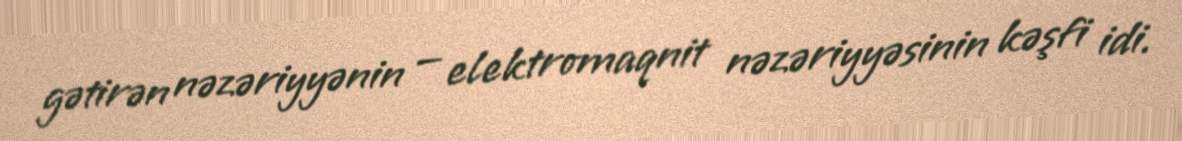
gətirən nəzəriyyənin — elektromaqnit nəzəriyyəsinin kəşfi idi.